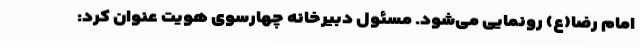
امام رضا(ع) رونمایی می‌شود. مسئول دبیرخانه چهارسوی هویت عنوان کرد: